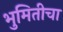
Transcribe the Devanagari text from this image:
भुमितीचा